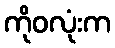
ကိုဝလုံးက